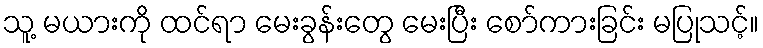
သူ့ မယားကို ထင်ရာ မေးခွန်းတွေ မေးပြီး စော်ကားခြင်း မပြုသင့်။